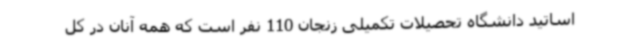
اساتید دانشگاه تحصیلات تکمیلی زنجان 110 نفر است که همه آنان در کل